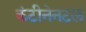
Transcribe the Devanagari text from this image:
कंटीनेनटल